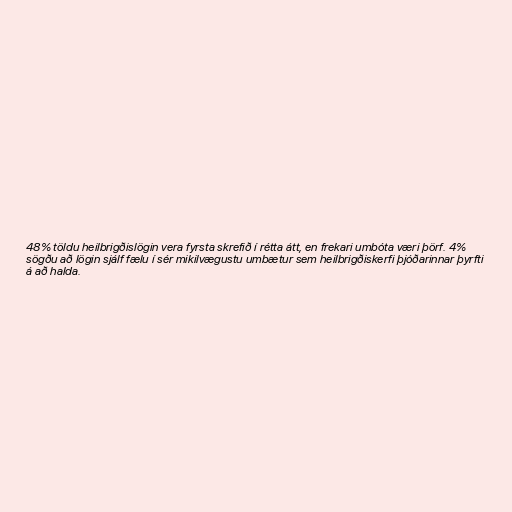
48% töldu heilbrigðislögin vera fyrsta skrefið í rétta átt, en frekari umbóta væri þörf. 4%
sögðu að lögin sjálf fælu í sér mikilvægustu umbætur sem heilbrigðiskerfi þjóðarinnar þyrfti
á að halda.